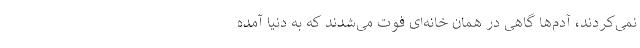
نمی‌کردند، آدم‌ها گاهی در همان خانه‌ای فوت می‌شدند که به دنیا آمده